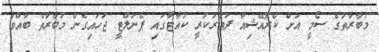
މުބާރާތުގެ ސެމީ އަށް ކްރޮއޭޝިއާ ދަތުރުކުރީ ކުއާޓާގައި ޕެނަލްޓީ ޖަހައިގެން މުބާރާތް ބާއްވާ